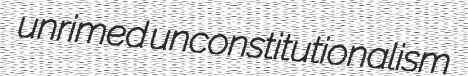
unrimed unconstitutionalism